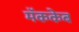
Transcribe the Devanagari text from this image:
मॅककेब